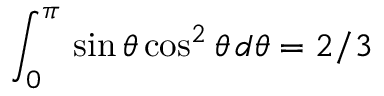
\int _ { 0 } ^ { \pi } \, \sin \theta \cos ^ { 2 } \theta \, d \theta = { 2 } / { 3 }